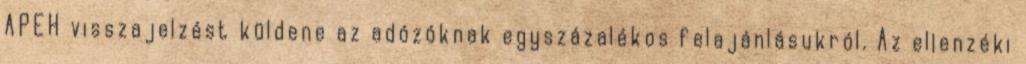
APEH visszajelzést küldene az adózóknak egyszázalékos felajánlásukról. Az ellenzéki